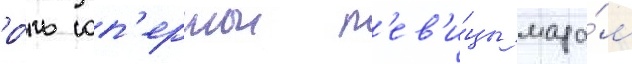
ро́ль оп'ернои п'ев'и́цы мада́м